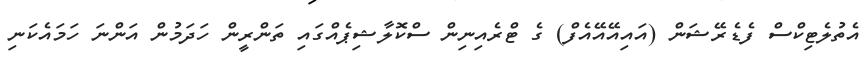
އެތުލެޓިކްސް ފެޑެރޭޝަން (އައިއޭއޭއެފް) ގެ ޓްރެއިނިން ސްކޮލާޝިޕެއްގައި ތަންރީން ހަދަމުން އަންނަ ހަމައެކަނި